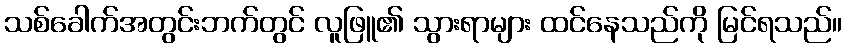
သစ်ခေါက်အတွင်းဘက်တွင် လူဖြူ၏ သွားရာများ ထင်နေသည်ကို မြင်ရသည်။